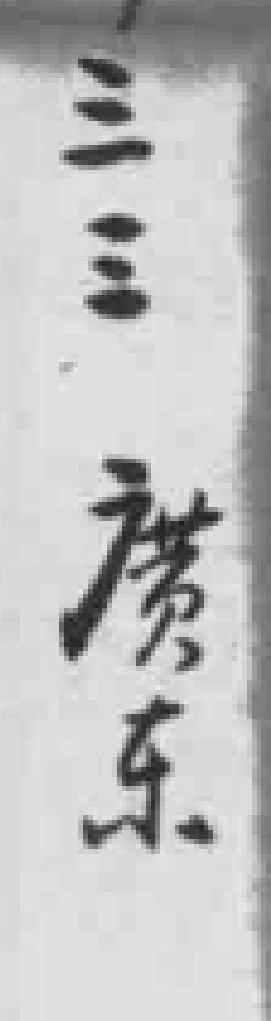
三三廣东